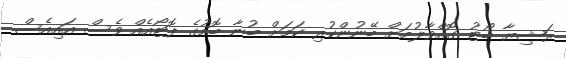
ރަޝިޔާ ބޯޓު ގޮއްވާލުމަށް ބޭނުންކުރި ކަމަށް ބުނާ ބޮމުގެ ފޮޓޯއެއް ވެސް އައިއެސް